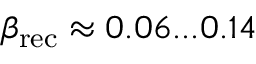
\beta _ { \mathrm { r e c } } \approx 0 . 0 6 . . . 0 . 1 4